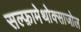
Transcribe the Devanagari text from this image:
सल्‍फ़ामेथोक्‍साजोल